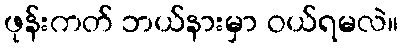
ဖုန်းကတ် ဘယ်နားမှာ ဝယ်ရမလဲ။